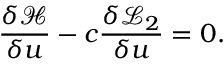
\frac { \delta \mathcal { H } } { \delta u } - c \frac { \delta \mathcal { L } _ { 2 } } { \delta u } = 0 .